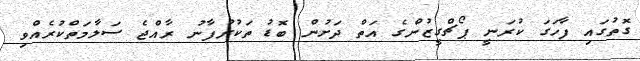
ގޮތުގައި ފާހަގަ ކުރަނީ ޕޯޗްގީޒުންގެ އަތް ދަށުން ބޮޑު ތަކުރުފާނު ރާއްޖެ ސަލާމަތްކުރެއްވި